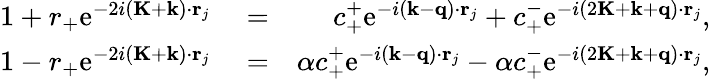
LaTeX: \begin{array}{rlr}{1+r_{+}\mathrm{e}^{-2i(\mathbf{K}+\mathbf{k})\cdot\mathbf{r}_{j}}}&{{}=}&{c_{+}^{+}\mathrm{e}^{-i(\mathbf{k}-\mathbf{q})\cdot\mathbf{r}_{j}}+c_{+}^{-}\mathrm{e}^{-i(2\mathbf{K}+\mathbf{k}+\mathbf{q})\cdot\mathbf{r}_{j}},}\\ {1-r_{+}\mathrm{e}^{-2i(\mathbf{K}+\mathbf{k})\cdot\mathbf{r}_{j}}}&{{}=}&{\alpha c_{+}^{+}\mathrm{e}^{-i(\mathbf{k}-\mathbf{q})\cdot\mathbf{r}_{j}}-\alpha c_{+}^{-}\mathrm{e}^{-i(2\mathbf{K}+\mathbf{k}+\mathbf{q})\cdot\mathbf{r}_{j}},}\end{array}